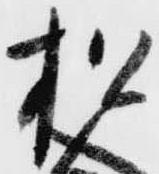
松